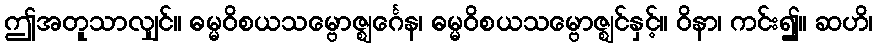
ဤအတူသာလျှင်။ ဓမ္မဝိစယသမ္ဗောဇ္ဈင်္ဂေန၊ ဓမ္မဝိစယသမ္ဗောဇ္ဈင်နှင့်။ ဝိနာ၊ ကင်း၍။ ဆဟိ၊